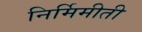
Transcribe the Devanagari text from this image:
निर्मिमीती